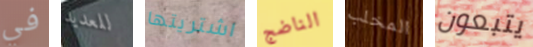
في للعديد اشتريتها الناضج المخلب يتبعون